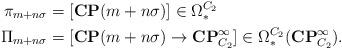
LaTeX: \begin{align*}\pi_{m+n\sigma} & = [\mathbf{CP}(m+n\sigma)] \in \Omega^{C_2}_*\\\Pi_{m+n\sigma} & = [\mathbf{CP}(m+n\sigma) \to \mathbf{CP}^\infty_{C_2}] \in \Omega^{C_2}_*(\mathbf{CP}^\infty_{C_2}).\end{align*}